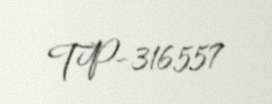
TP-316557